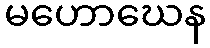
မဟောဃေန